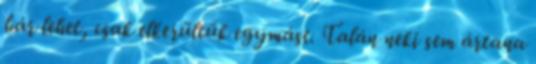
bár lehet, csak elkerültük egymást. Talán neki sem ártana